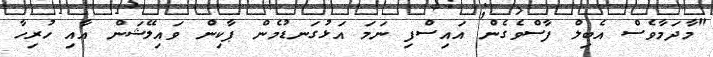
"މާދަމާވެސް އެބިލް ފާސްވެގެން އައިސްފި ނަމަ އަޅުގަނޑުމެން ޕާކިން ވައިލޭޝަން އާއި ހުރިހާ